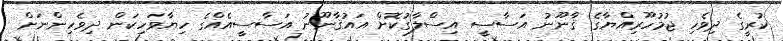
ކުރީގެ ދިވެހި ޖުމުހޫރިއްޔާގެ ޤާނޫނު އަސާސީ އިސްލާގުކޮށް އައުޤާނޫނު އަސާސީއެއްގެ ހިޔާވަހިކަން ދިވެހިންނަށް